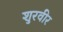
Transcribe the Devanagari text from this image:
शुरवीर